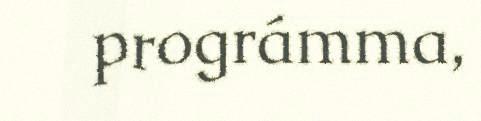
prográmma,